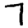
Digit: 7